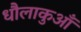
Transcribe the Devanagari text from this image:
धौलाकुआँ